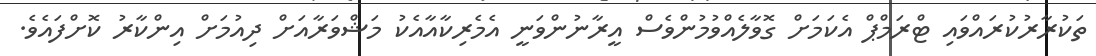
ތަކުރާރުކުރައްވައި ޓްރަމްޕް އެކަމަށް ގޮވާލެއްވުމުންވެސް އީރާނުންވަނީ އެމެރިކާއާއެކު މަޝްވަރާއަށް ދިއުމަށް އިންކާރު ކޮށްފައެވެ.